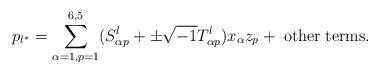
LaTeX: \begin{align*}p_{l^*}=\sum_{\alpha=1, p=1}^{6,5}(S^l_{\alpha p}+\pm\sqrt{-1} T^l_{\alpha p})x_\alpha z_p +\; {\rm other\; terms}.\end{align*}